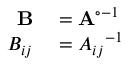
\begin{array} { r l } { \mathbf { B } } & { { } = \mathbf { A } ^ { \circ - 1 } } \\ { B _ { i j } } & { { } = { A _ { i j } } ^ { - 1 } } \end{array}